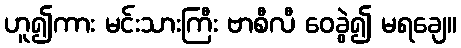
ဟူ၍ကား မင်းသားကြီး ဗာစီလီ ဝေခွဲ၍ မရချေ။